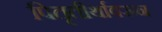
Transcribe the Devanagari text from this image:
पितृतीर्थावरून